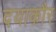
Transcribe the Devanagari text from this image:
दयाकौर